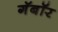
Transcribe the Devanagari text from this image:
गॅबॉर